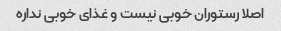
اصلا رستوران خوبی نیست و غذای خوبی نداره